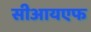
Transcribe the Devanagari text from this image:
सीआयएफ